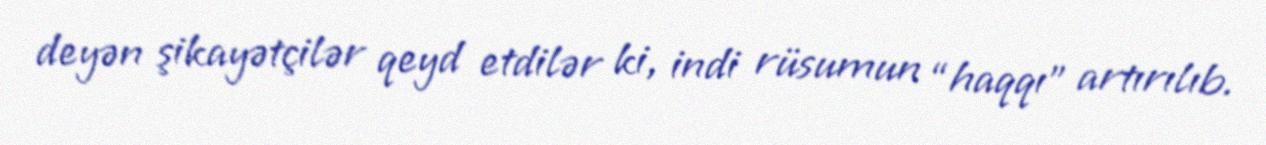
deyən şikayətçilər qeyd etdilər ki, indi rüsumun “haqqı” artırılıb.